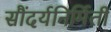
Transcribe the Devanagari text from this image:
सौंदर्यनिर्मिती